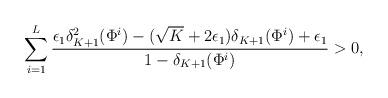
LaTeX: \begin{align*}\sum_{i=1}^{L}\frac{\epsilon_{1}\delta_{K+1}^{2}(\Phi^{i})-(\sqrt{K}+2\epsilon_{1})\delta_{K+1}(\Phi^{i}) +\epsilon_{1} }{1-\delta_{K+1}(\Phi^{i})} > 0,\end{align*}